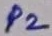
Text: P2